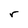
Character: r